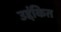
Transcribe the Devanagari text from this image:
उद्दंकित